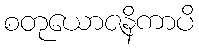
စတုယောဇနိကာပိ